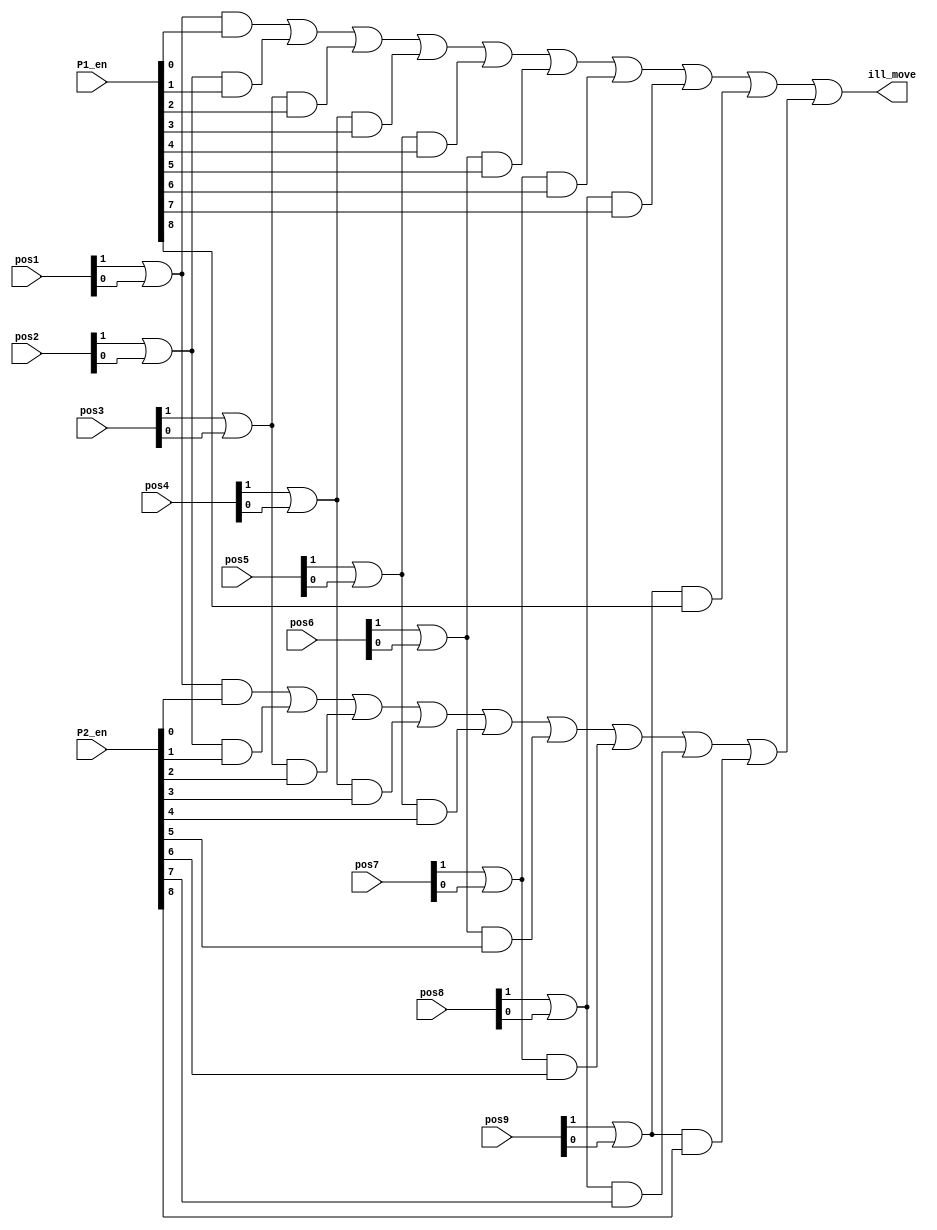
`timescale 1ns / 1ps
//////////////////////////////////////////////////////////////////////////////////
// Company: 
// Engineer: 
// 
// Design Name: 
// Module Name: ill_move_detect
// Project Name: 
// Target Devices: 
// Tool Versions: 
// Description: 
// 
// Dependencies: 
// 
// Revision:
// Revision 0.01 - File Created
// Additional Comments:
// 
//////////////////////////////////////////////////////////////////////////////////

// used to detect if a given move is illegal
module ill_move_detect(
    input [1:0] pos1, pos2, pos3, pos4, pos5, pos6, pos7, pos8, pos9,
    input [8:0] P1_en,
    input [8:0] P2_en,
    output wire ill_move
    );
    
    wire temp1, temp2, temp3, temp4, temp5, temp6, temp7, temp8, temp9;
    wire temp11, temp12, temp13, temp14, temp15, temp16, temp17, temp18, temp19;
    wire temp20, temp21;
    
    // player 1 illegal move
    assign temp1 = (pos1[1] | pos1[0]) & P1_en[0];
    assign temp2 = (pos2[1] | pos2[0]) & P1_en[1];
    assign temp3 = (pos3[1] | pos3[0]) & P1_en[2];
    assign temp4 = (pos4[1] | pos4[0]) & P1_en[3];
    assign temp5 = (pos5[1] | pos5[0]) & P1_en[4];
    assign temp6 = (pos6[1] | pos6[0]) & P1_en[5];
    assign temp7 = (pos7[1] | pos7[0]) & P1_en[6];
    assign temp8 = (pos8[1] | pos8[0]) & P1_en[7];
    assign temp9 = (pos9[1] | pos9[0]) & P1_en[8];
    
    // player 2 illegal move
    
    assign temp11 = (pos1[1] | pos1[0]) & P2_en[0];
    assign temp12 = (pos2[1] | pos2[0]) & P2_en[1];
    assign temp13 = (pos3[1] | pos3[0]) & P2_en[2];
    assign temp14 = (pos4[1] | pos4[0]) & P2_en[3];
    assign temp15 = (pos5[1] | pos5[0]) & P2_en[4];
    assign temp16 = (pos6[1] | pos6[0]) & P2_en[5];
    assign temp17 = (pos7[1] | pos7[0]) & P2_en[6];
    assign temp18 = (pos8[1] | pos8[0]) & P2_en[7];
    assign temp19 = (pos9[1] | pos9[0]) & P2_en[8];
    
    assign temp20 =((((((((temp1 | temp2) | temp3) | temp4) | temp5) | temp6) | temp7) | temp8) | temp9);
    assign temp21 =((((((((temp11 | temp12) | temp13) | temp14) | temp15) | temp16) | temp17) | temp18) | temp19);  
    
    assign ill_move = temp20 | temp21;  
    
endmodule